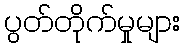
ပွတ်တိုက်မှုများ